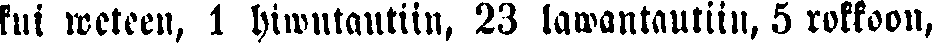
kui weteen, 1 hiwutautiin, 23 lawantautiin, 5 rokkoon,